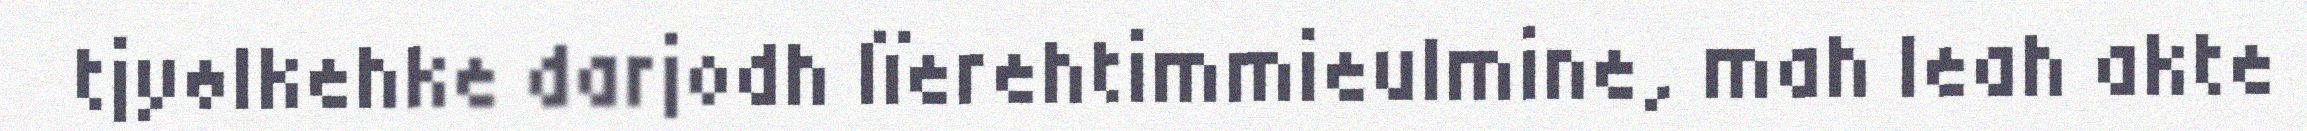
tjyølkehke darjodh lïerehtimmieulmine, mah leah akte